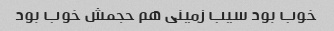
خوب بود سیب زمینی هم حجمش خوب بود